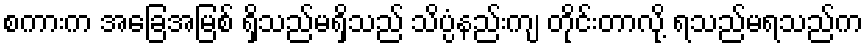
စကားက အခြေအမြစ် ရှိသည်မရှိသည် သိပ္ပံနည်းကျ တိုင်းတာလို့ ရသည်မရသည်က